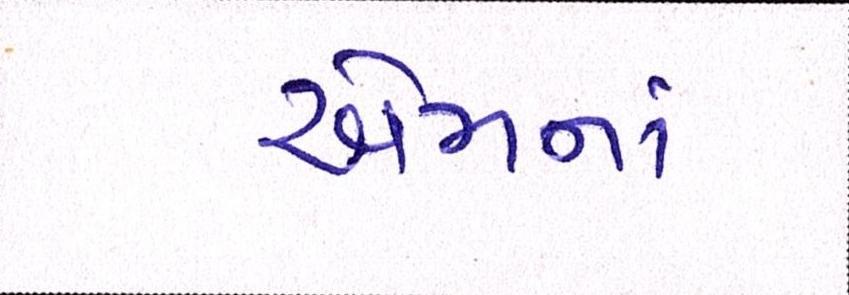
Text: એમનાં